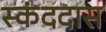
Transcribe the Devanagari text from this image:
स्कंददास